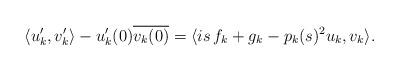
LaTeX: \begin{align*}\langle u_k',v_k'\rangle-u_k'(0)\overline{v_k(0)}=\langle is\, f_k+g_k-p_k(s)^2 u_k,v_k\rangle.\end{align*}